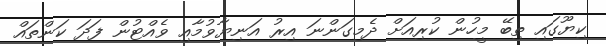
ކިޔޫގައި ތިބޭ މީހުން ކުރިއަށް ދެމިގަންނަ އިރު އަނިޔާވުމާއި ވެއްޓުން ފަދަ ކަންތައް